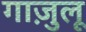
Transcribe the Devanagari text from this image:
गाज़ुलू